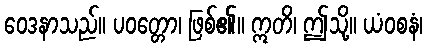
ဝေဒနာသည်။ ပဝတ္တော၊ ဖြစ်၏။ ဣတိ၊ ဤသို့။ ယံဝစနံ၊